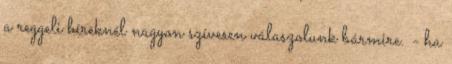
a reggeli híreknél nagyon szívesen válaszolunk bármire. - ha